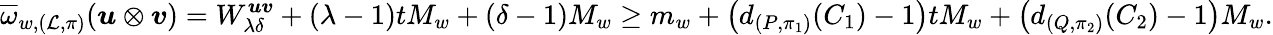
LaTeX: \overline{{\omega}}_{w,(\mathcal{L},\pi)}(\boldsymbol{u}\otimes\boldsymbol{v})=W_{\lambda\delta}^{\boldsymbol{uv}}+(\lambda-1)tM_{w}+(\delta-1)M_{w}\geq m_{w}+\left(d_{(P,\pi_{1})}(C_{1})-1\right)tM_{w}+\left(d_{(Q,\pi_{2})}(C_{2})-1\right)M_{w}.